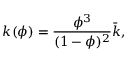
k ( \phi ) = \frac { \phi ^ { 3 } } { ( 1 - \phi ) ^ { 2 } } \bar { k } ,